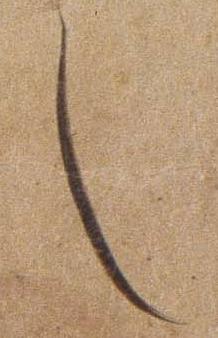
し